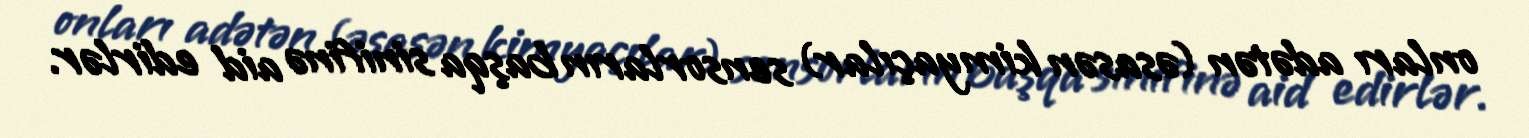
onları adətən (əsasən kimyaçılar) sensorların başqa sinifinə aid edirlər.